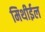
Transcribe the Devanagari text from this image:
मिथीईल